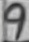
Text: 9